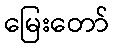
မြေးတော်